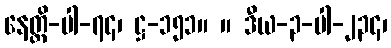
နေတ္တိ-ပါ-၇၄၊ ဋ္ဌ-၁၅၁။ ။ ဒီယ-၃-ပါ-၂၃၄၊